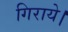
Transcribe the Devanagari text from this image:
गिराये।